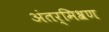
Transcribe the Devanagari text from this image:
अंतर्मिश्रण